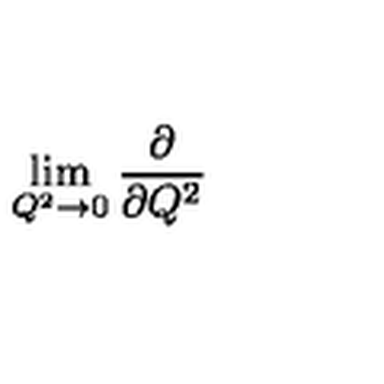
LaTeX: \lim _ { Q ^ { 2 } \to { 0 } } \frac { \partial } { \partial { Q ^ { 2 } } }